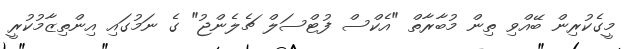
މީގެކުރިން ބޭއްވި ތިން މުބާރާތް "އެކްސް ފުޓްސަލް ޗެލެންޖު" ގެ ނަމުގައި އިންތިޒާމުކުރީ